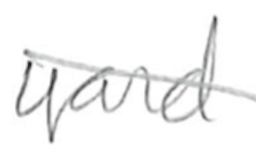
Text: yard
Cross-out: mix
Writing tool: pencil